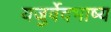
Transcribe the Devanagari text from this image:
यजुर्वेदभाष्य